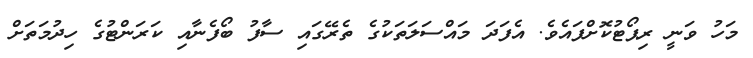
މަހު ވަނީ ރިޕޯޓުކޮށްފައެވެ. އެފަދަ މައްސަލަތަކުގެ ތެރޭގައި ސާފު ބޯފެނާއި ކަރަންޓުގެ ހިދުމަތަށް